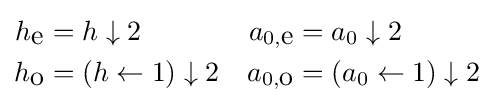
{\begin{aligned}h_{\mbox{e}}&=h\downarrow 2&a_{0,{\mbox{e}}}&=a_{0}\downarrow 2\\h_{\mbox{o}}&=(h\leftarrow 1)\downarrow 2&a_{0,{\mbox{o}}}&=(a_{0}\leftarrow 1)\downarrow 2\end{aligned}}